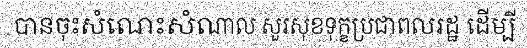
បានចុះសំណេះសំណាល សួរសុខទុក្ខប្រជាពលរដ្ឋ ដើម្បី